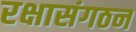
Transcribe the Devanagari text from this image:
रक्षासंगठन